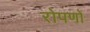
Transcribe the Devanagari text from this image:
रोपणों